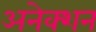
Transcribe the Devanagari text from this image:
अनेक्शन